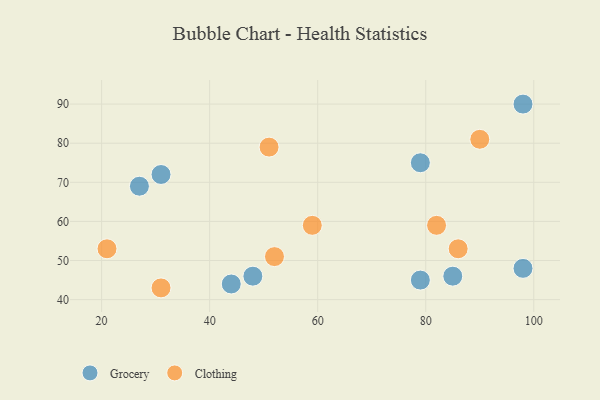
{"axis": {"x": "GDP", "y": "Life Expectancy"}, "legend": ["Clothing", "Grocery"], "data": [{"x": "98", "y": 48, "type": "Grocery"}, {"x": "48", "y": 46, "type": "Grocery"}, {"x": "79", "y": 45, "type": "Grocery"}, {"x": "98", "y": 90, "type": "Grocery"}, {"x": "44", "y": 44, "type": "Grocery"}, {"x": "79", "y": 75, "type": "Grocery"}, {"x": "31", "y": 72, "type": "Grocery"}, {"x": "27", "y": 69, "type": "Grocery"}, {"x": "85", "y": 46, "type": "Grocery"}, {"x": "86", "y": 53, "type": "Clothing"}, {"x": "59", "y": 59, "type": "Clothing"}, {"x": "52", "y": 51, "type": "Clothing"}, {"x": "51", "y": 79, "type": "Clothing"}, {"x": "21", "y": 53, "type": "Clothing"}, {"x": "90", "y": 81, "type": "Clothing"}, {"x": "82", "y": 59, "type": "Clothing"}, {"x": "31", "y": 43, "type": "Clothing"}]}